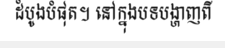
ដំបូងបំផុត។ នៅក្នុងបទបង្ហាញពី